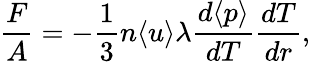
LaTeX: \frac{F}{A}=-\frac{1}{3}n\langle u\rangle\lambda\frac{d\langle p\rangle}{dT}\frac{dT}{dr},